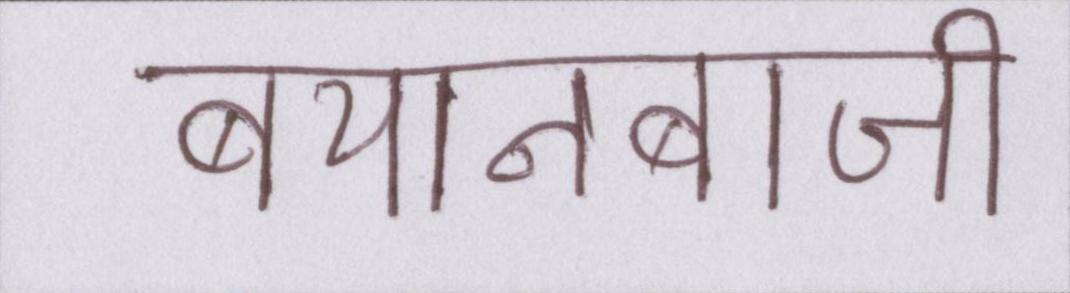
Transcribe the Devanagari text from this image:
बयानबाजी